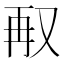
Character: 𭁥